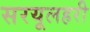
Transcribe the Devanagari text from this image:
सरयूलहरी